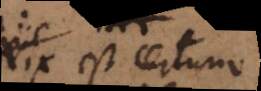
est certum